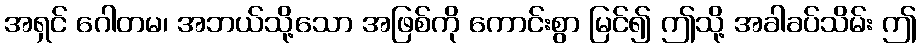
အရှင် ဂေါတမ၊ အဘယ်သို့သော အဖြစ်ကို ကောင်းစွာ မြင်၍ ဤသို့ အခါခပ်သိမ်း ဤ